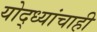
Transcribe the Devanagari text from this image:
योद्ध्यांचाही